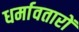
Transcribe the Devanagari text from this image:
धर्मावतारों